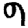
Digit: 9